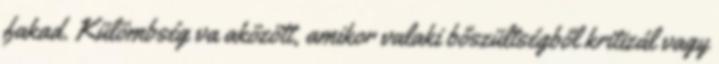
fakad. Külömbség va aközött, amikor valaki bőszültségből kritizál vagy